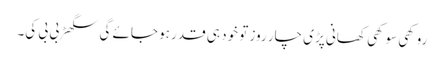
روکھی سوکھی کھانی پڑی چار روز تو خود ہی قدر ہو جائے گی سگھڑ بی بی کی۔